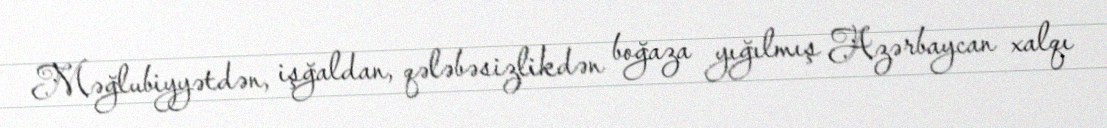
Məğlubiyyətdən, işğaldan, qələbəsizlikdən boğaza yığılmış Azərbaycan xalqı